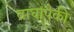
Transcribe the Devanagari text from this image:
वाघांपैकी